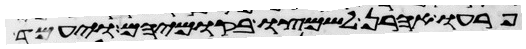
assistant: פרעו אהרן לשמצו בקומיהם ויעמד